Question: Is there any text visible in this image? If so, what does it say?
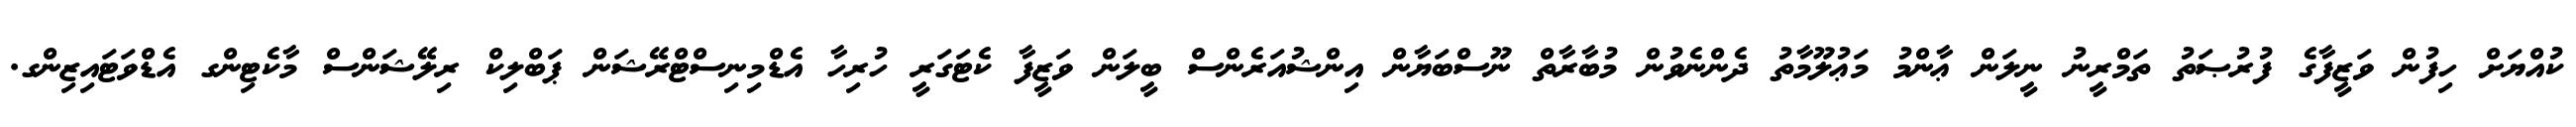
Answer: ކުއްޔަށް ހިފުން ވަޒީފާގެ ފުރުޞަތު ތަމްރީނު ނީލަން ޢާންމު މަޢުލޫމާތު ދެންނެވުން މުބާރާތް ނޫސްބަޔާން އިންޝުއަރެންސް ބީލަން ވަޒީފާ ކެޓަގަރީ ހުރިހާ އެޑްމިނިސްޓްރޭޝަން ޕަބްލިކް ރިލޭޝަންސް މާކެޓިންގ އެޑްވަޓައިޒިންގ.